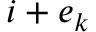
\boldsymbol { i } + \boldsymbol { e } _ { k }